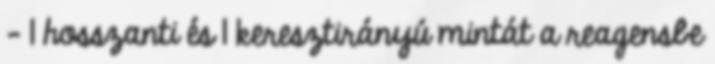
- 1 hosszanti és 1 keresztirányú mintát a reagensbe